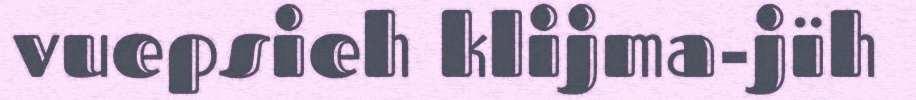
vuepsieh klijma-jïh